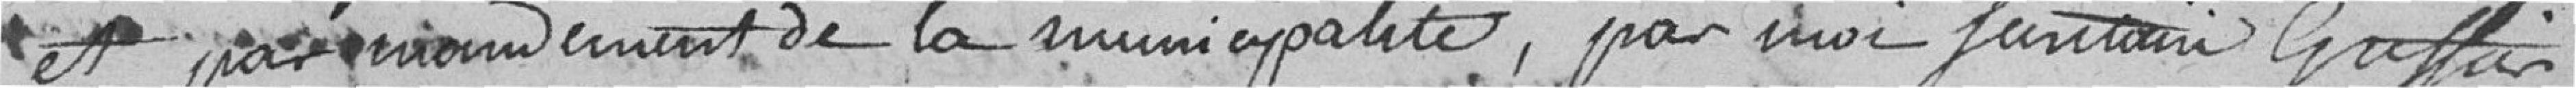
et par       de la municipalité, par moi   greffier